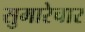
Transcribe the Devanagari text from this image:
सुमारेचार